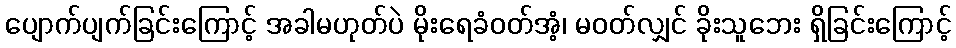
ပျောက်ပျက်ခြင်းကြောင့် အခါမဟုတ်ပဲ မိုးရေခံဝတ်အံ့၊ မဝတ်လျှင် ခိုးသူဘေး ရှိခြင်းကြောင့်